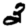
Digit: 3